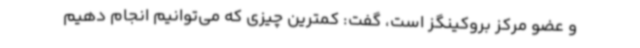
و عضو مرکز بروکینگز است، گفت: کمترین چیزی که می‌توانیم انجام دهیم